Annual report on the working of the mental hospitals in the Madras Presidency - 1912-1932
Year: 1912
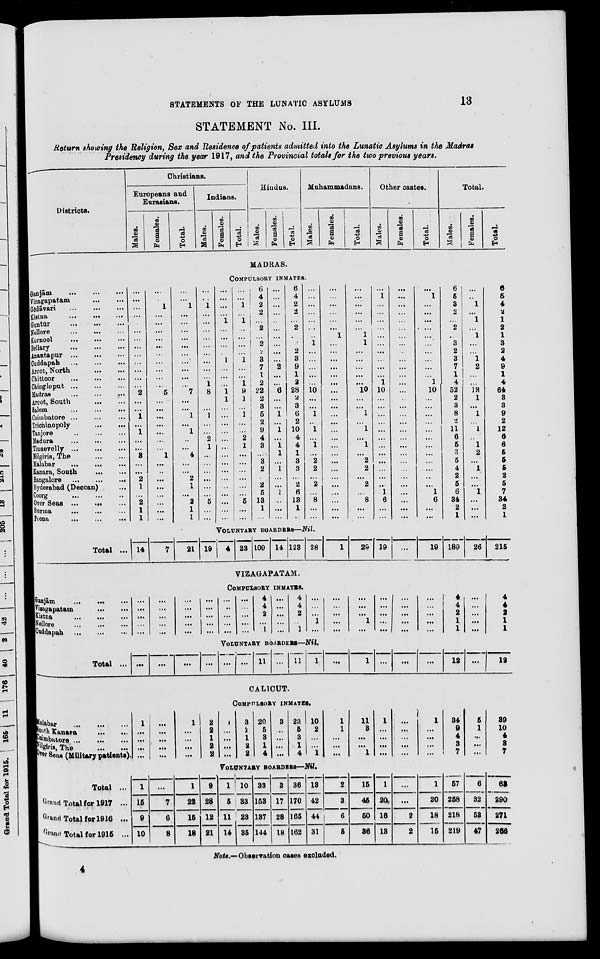
STATEMENTS OF THE LUNATIC ASYLUMS
13
STATEMENT No. III.
Return showing the Religion, Sex and Residence of patients admitted into the Lunatic Asylums in the Madras
Presidency during the year 1917, and the Provincial totals for the two previous years.
Districts.
Christians.
Europeans and
Eurasians.
Males.
Females.
Total.
Indians.
Males.
Females.
Total.
Hindus.
Males.
Females.
Total.
Muhammadans.
Males.
Females.
Total.
Other castes.
Males.
Females.
Total.
Total.
Males.
Females.
Total.
MADRAS.
COMPULSORY INMATES.
Ganjām
...
...
...
Vizagapatam
... ...
Gōdāvari
...
...
...
Kistna
...
...
...
Guntūr
...
...
...
Nellore
...
...
...
Kurnool
...
...
...
Bellary
...
...
...
Anantapur ... ... ...
Cuddapah
...
...
...
Arcot, North ... ...
Chittoor ... ... ...
Chingleput
...
...
...
Madras ... ... ...
Arcot, South
...
...
Salem
...
...
...
Coimbatore ... ... ...
Trichinopoly
...
...
Tanjore
...
...
...
Madura
...
...
...
Tinnevelly
...
...
...
Nilgiris, The
...
...
Malabar
...
...
...
Kanara, South
...
...
Bangalore
...
...
...
Hyderabad (Deccan) ...
Coorg
...
...
...
Over Seas ... ... ...
Burma
...
...
...
Poona
...
...
...
...
...
...
...
...
...
...
...
...
...
...
...
...
2
...
...
1
...
1
...
...
3
...
...
2
1
...
2
1
1
...
...
1
...
...
...
...
...
...
...
...
...
...
5
...
...
...
...
...
...
...
1
...
...
...
...
...
...
...
...
...
...
1
...
...
...
...
...
...
...
...
...
...
7
...
...
1
...
1
...
...
4
...
...
2
1
...
2
1
1
...
...
1
...
...
...
...
...
...
...
...
...
1
8
...
...
1
...
...
2
1
...
...
...
...
...
...
5
...
...
...
...
...
...
1
...
...
...
...
1
...
...
...
1
1
...
...
...
...
...
...
...
...
...
...
...
...
...
...
...
...
...
1
...
1
...
...
...
...
1
...
...
1
9
1
...
1
...
...
2
1
...
...
...
...
...
...
5
...
...
6
4
2
2
...
2
...
2
2
3
7
1
2
22
2
3
5
2
9
4
3
...
3
2
...
2
5
13
1
...
...
...
...
...
...
...
...
...
...
...
2
...
...
6
...
...
1
...
1
...
1
1
...
1
...
...
1
...
...
...
6
4
2
2
...
2
...
2
2
3
9
1
2
28
2
3
6
2
10
4
4
1
3
3
...
2
6
13
1
...
...
...
...
...
...
...
...
1
...
...
...
...
...
10
...
...
1
...
1
...
1
...
2
2
...
2
...
8
...
...
...
...
...
...
...
...
1
...
...
...
...
...
...
...
...
...
...
...
...
...
...
...
...
...
...
...
....
...
...
...
...
...
...
...
...
...
1
1
...
...
...
...
...
10
...
...
1
...
1
...
1
...
2
2
...
2
...
8
...
...
...
1
...
...
...
...
...
...
...
...
...
...
1
10
...
...
...
...
...
...
...
...
...
...
...
...
1
6
...
...
...
...
...
...
...
...
...
...
...
...
...
...
...
...
...
...
...
...
...
...
...
...
...
...
...
...
...
...
...
...
...
1
...
...
...
...
...
...
...
...
...
...
1
10
...
...
...
...
...
...
...
...
...
...
...
...
1
6
...
...
6
5
3
2
...
2
...
3
2
3
7
1
4
52
2
3
8
2
11
6
5
3
5
4
2
5
6
34
2
1
...
...
1
...
1
...
1
...
...
1
2
...
...
12
1
...
1
...
1
...
1
2
...
1
...
...
1
...
...
...
6
5
4
2
1
2
1
3
2
4
9
1
4
64
3
3
9
2
12
6
6
5
5
5
2
5
7
34
2
1
VOLUNTARY BOARDERS—Nil.
Total ... 14
7
21 19
4 23 109 14 123 28
1
29 19 ...
19 189
26
215
VIZAGAPATAM.
COMPULSORY INMATES.
Ganjām
...
...
...
Vizagapatam
...
...
Kistna
...
...
...
Nellore
...
...
...
Cuddapah
...
...
...
...
...
...
...
...
...
...
...
...
...
...
...
...
...
...
...
...
...
...
...
...
...
...
...
...
...
...
...
...
...
4
4
2
...
1
...
...
...
...
...
4
4
2
...
1
...
...
...
1
...
...
...
...
...
...
...
...
...
1
...
...
...
...
...
...
...
...
...
...
...
...
...
...
...
...
4
4
2
1
1
...
...
...
...
...
4
4
2
1
1
VOLUNTARY BOARDERS—Nil.
Total ... ...
...
...
...
... ...
11 ... 11
1
...
1 ...
...
...
12
...
12
CALICUT.
COMPULSORY INMATES.
Malabar ... ... ...
South Kanara
...
...
Coimbatore
...
...
...
Nilgiris, The
...
...
Over Seas (Military patients).
1
...
...
...
...
...
...
...
...
...
1
...
...
...
...
2
2
1
2
2
1
...
...
...
...
3
2
1
2
2
20
5
3
1
4
3
...
...
...
...
23
5
3
1
4
10
2
...
...
1
1
1
...
...
...
11
3
...
...
1
1
...
...
...
...
...
...
...
...
...
1
...
...
...
...
34
9
4
3
7
5
1
...
...
...
39
10
4
3
7
VOLUNTARY BOARDERS—Nil.
Total ...
Grand Total for 1917 ...
Grand Total for 1916 ...
Grand Total for 1915 ...
1
15
9
10
...
7
6
8
1
22
15
18
9
28
12
21
1
5
11
14
10
33
23
35
33
153
137
144
3
17
28
18
36
170
165
162
13
42
44
31
2
3
6
5
15
45
50
36
1
20
16
13
...
...
2
2
1
20
18
15
57
258
218
219
6
32
53
47
63
290
271
266
Note.—Observation cases excluded.
4